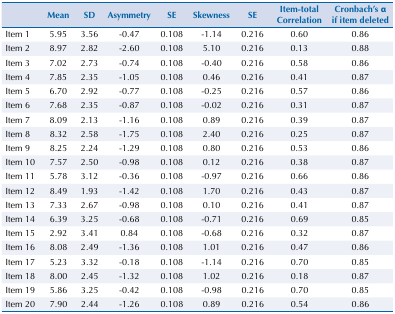
<table><thead><tr><td></td><td><b>Mean</b></td><td><b>SD</b></td><td><b>Asymmetry</b></td><td><b>SE</b></td><td><b>Skewness</b></td><td><b>SE</b></td><td><b>Item-total Correlation</b></td><td><b>Cronbach’s α if item deleted</b></td></tr></thead><tbody><tr><td>Item 1</td><td>5.95</td><td>3.56</td><td>-0.47</td><td>0.108</td><td>-1.14</td><td>0.216</td><td>0.60</td><td>0.86</td></tr><tr><td>Item 2</td><td>8.97</td><td>2.82</td><td>-2.60</td><td>0.108</td><td>5.10</td><td>0.216</td><td>0.13</td><td>0.88</td></tr><tr><td>Item 3</td><td>7.02</td><td>2.73</td><td>-0.74</td><td>0.108</td><td>-0.40</td><td>0.216</td><td>0.58</td><td>0.86</td></tr><tr><td>Item 4</td><td>7.85</td><td>2.35</td><td>-1.05</td><td>0.108</td><td>0.46</td><td>0.216</td><td>0.41</td><td>0.87</td></tr><tr><td>Item 5</td><td>6.70</td><td>2.92</td><td>-0.77</td><td>0.108</td><td>-0.25</td><td>0.216</td><td>0.57</td><td>0.86</td></tr><tr><td>Item 6</td><td>7.68</td><td>2.35</td><td>-0.87</td><td>0.108</td><td>-0.02</td><td>0.216</td><td>0.31</td><td>0.87</td></tr><tr><td>Item 7</td><td>8.09</td><td>2.13</td><td>-1.16</td><td>0.108</td><td>0.89</td><td>0.216</td><td>0.39</td><td>0.87</td></tr><tr><td>Item 8</td><td>8.32</td><td>2.58</td><td>-1.75</td><td>0.108</td><td>2.40</td><td>0.216</td><td>0.25</td><td>0.87</td></tr><tr><td>Item 9</td><td>8.25</td><td>2.24</td><td>-1.29</td><td>0.108</td><td>0.80</td><td>0.216</td><td>0.53</td><td>0.86</td></tr><tr><td>Item 10</td><td>7.57</td><td>2.50</td><td>-0.98</td><td>0.108</td><td>0.12</td><td>0.216</td><td>0.38</td><td>0.87</td></tr><tr><td>Item 11</td><td>5.78</td><td>3.12</td><td>-0.36</td><td>0.108</td><td>-0.97</td><td>0.216</td><td>0.66</td><td>0.86</td></tr><tr><td>Item 12</td><td>8.49</td><td>1.93</td><td>-1.42</td><td>0.108</td><td>1.70</td><td>0.216</td><td>0.43</td><td>0.87</td></tr><tr><td>Item 13</td><td>7.33</td><td>2.67</td><td>-0.98</td><td>0.108</td><td>0.10</td><td>0.216</td><td>0.41</td><td>0.87</td></tr><tr><td>Item 14</td><td>6.39</td><td>3.25</td><td>-0.68</td><td>0.108</td><td>-0.71</td><td>0.216</td><td>0.69</td><td>0.85</td></tr><tr><td>Item 15</td><td>2.92</td><td>3.41</td><td>0.84</td><td>0.108</td><td>-0.68</td><td>0.216</td><td>0.32</td><td>0.87</td></tr><tr><td>Item 16</td><td>8.08</td><td>2.49</td><td>-1.36</td><td>0.108</td><td>1.01</td><td>0.216</td><td>0.47</td><td>0.86</td></tr><tr><td>Item 17</td><td>5.23</td><td>3.32</td><td>-0.18</td><td>0.108</td><td>-1.14</td><td>0.216</td><td>0.70</td><td>0.85</td></tr><tr><td>Item 18</td><td>8.00</td><td>2.45</td><td>-1.32</td><td>0.108</td><td>1.02</td><td>0.216</td><td>0.18</td><td>0.87</td></tr><tr><td>Item 19</td><td>5.86</td><td>3.25</td><td>-0.42</td><td>0.108</td><td>-0.98</td><td>0.216</td><td>0.70</td><td>0.85</td></tr><tr><td>Item 20</td><td>7.90</td><td>2.44</td><td>-1.26</td><td>0.108</td><td>0.89</td><td>0.216</td><td>0.54</td><td>0.86</td></tr></tbody></table>